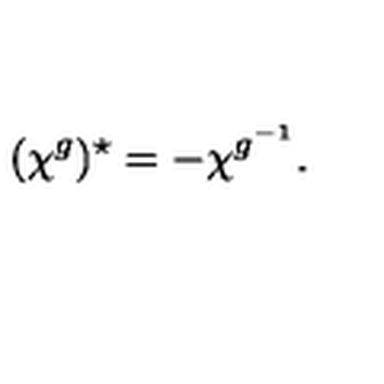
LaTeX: ( \chi ^ { g } ) ^ { \star } = - \chi ^ { g ^ { - 1 } } .